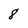
Character: 8